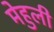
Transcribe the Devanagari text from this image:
मेहुली